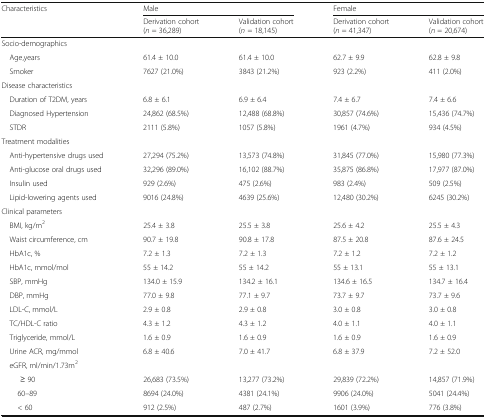
<table><thead><tr><td rowspan="2"><b>Characteristics</b></td><td colspan="2"><b>Male</b></td><td colspan="2"><b>Female</b></td></tr><tr><td><b>Derivation cohort (<i>n</i> = 36,289)</b></td><td><b>Validation cohort (<i>n</i> = 18,145)</b></td><td><b>Derivation cohort (<i>n</i> = 41,347)</b></td><td><b>Validation cohort (<i>n</i> = 20,674)</b></td></tr></thead><tbody><tr><td colspan="5">Socio-demographics</td></tr><tr><td> Age,years</td><td>61.4 ± 10.0</td><td>61.4 ± 10.0</td><td>62.7 ± 9.9</td><td>62.8 ± 9.8</td></tr><tr><td> Smoker</td><td>7627 (21.0%)</td><td>3843 (21.2%)</td><td>923 (2.2%)</td><td>411 (2.0%)</td></tr><tr><td colspan="5">Disease characteristics</td></tr><tr><td> Duration of T2DM, years</td><td>6.8 ± 6.1</td><td>6.9 ± 6.4</td><td>7.4 ± 6.7</td><td>7.4 ± 6.6</td></tr><tr><td> Diagnosed Hypertension</td><td>24,862 (68.5%)</td><td>12,488 (68.8%)</td><td>30,857 (74.6%)</td><td>15,436 (74.7%)</td></tr><tr><td> STDR</td><td>2111 (5.8%)</td><td>1057 (5.8%)</td><td>1961 (4.7%)</td><td>934 (4.5%)</td></tr><tr><td colspan="5">Treatment modalities</td></tr><tr><td> Anti-hypertensive drugs used</td><td>27,294 (75.2%)</td><td>13,573 (74.8%)</td><td>31,845 (77.0%)</td><td>15,980 (77.3%)</td></tr><tr><td> Anti-glucose oral drugs used</td><td>32,296 (89.0%)</td><td>16,102 (88.7%)</td><td>35,875 (86.8%)</td><td>17,977 (87.0%)</td></tr><tr><td> Insulin used</td><td>929 (2.6%)</td><td>475 (2.6%)</td><td>983 (2.4%)</td><td>509 (2.5%)</td></tr><tr><td> Lipid-lowering agents used</td><td>9016 (24.8%)</td><td>4639 (25.6%)</td><td>12,480 (30.2%)</td><td>6245 (30.2%)</td></tr><tr><td colspan="5">Clinical parameters</td></tr><tr><td> BMI, kg/m<sup>2</sup></td><td>25.4 ± 3.8</td><td>25.5 ± 3.8</td><td>25.6 ± 4.2</td><td>25.5 ± 4.3</td></tr><tr><td> Waist circumference, cm</td><td>90.7 ± 19.8</td><td>90.8 ± 17.8</td><td>87.5 ± 20.8</td><td>87.6 ± 24.5</td></tr><tr><td> HbA1c, %</td><td>7.2 ± 1.3</td><td>7.2 ± 1.3</td><td>7.2 ± 1.2</td><td>7.2 ± 1.2</td></tr><tr><td> HbA1c, mmol/mol</td><td>55 ± 14.2</td><td>55 ± 14.2</td><td>55 ± 13.1</td><td>55 ± 13.1</td></tr><tr><td> SBP, mmHg</td><td>134.0 ± 15.9</td><td>134.2 ± 16.1</td><td>134.6 ± 16.5</td><td>134.7 ± 16.4</td></tr><tr><td> DBP, mmHg</td><td>77.0 ± 9.8</td><td>77.1 ± 9.7</td><td>73.7 ± 9.7</td><td>73.7 ± 9.6</td></tr><tr><td> LDL-C, mmol/L</td><td>2.9 ± 0.8</td><td>2.9 ± 0.8</td><td>3.0 ± 0.8</td><td>3.0 ± 0.8</td></tr><tr><td> TC/HDL-C ratio</td><td>4.3 ± 1.2</td><td>4.3 ± 1.2</td><td>4.0 ± 1.1</td><td>4.0 ± 1.1</td></tr><tr><td> Triglyceride, mmol/L</td><td>1.6 ± 0.9</td><td>1.6 ± 0.9</td><td>1.6 ± 0.9</td><td>1.6 ± 0.9</td></tr><tr><td> Urine ACR, mg/mmol</td><td>6.8 ± 40.6</td><td>7.0 ± 41.7</td><td>6.8 ± 37.9</td><td>7.2 ± 52.0</td></tr><tr><td colspan="5"> eGFR, ml/min/1.73m<sup>2</sup></td></tr><tr><td>≥ 90</td><td>26,683 (73.5%)</td><td>13,277 (73.2%)</td><td>29,839 (72.2%)</td><td>14,857 (71.9%)</td></tr><tr><td>60–89</td><td>8694 (24.0%)</td><td>4381 (24.1%)</td><td>9906 (24.0%)</td><td>5041 (24.4%)</td></tr><tr><td>&lt; 60</td><td>912 (2.5%)</td><td>487 (2.7%)</td><td>1601 (3.9%)</td><td>776 (3.8%)</td></tr></tbody></table>